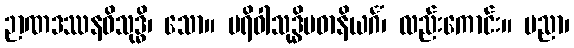
ဉာဏဒဿနဝိသုဒ္ဓိ၊ သော။ ပရိဝါသုဒ္ဓိပဓာနိယင်္ဂံ၊ လည်းကောင်း။ ပညာ၊